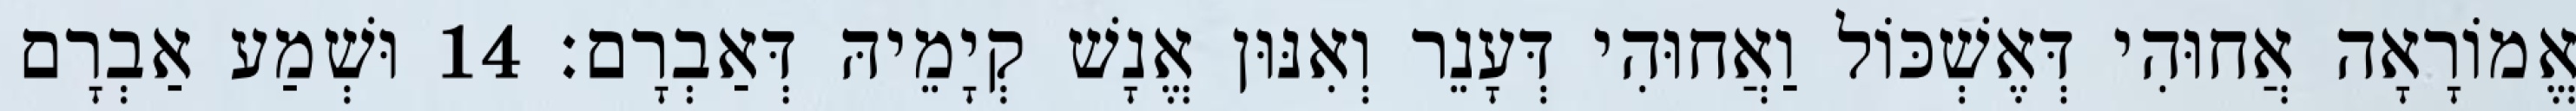
אֱמוֹרָאָה אֲחוּהִי דְּאֶשְׁכּוֹל וַאֲחוּהִי דְּעָנֵר וְאִנּוּן אֱנָשׁ קְיָמֵיהּ דְּאַבְרָם׃ 14 וּשְׁמַע אַבְרָם